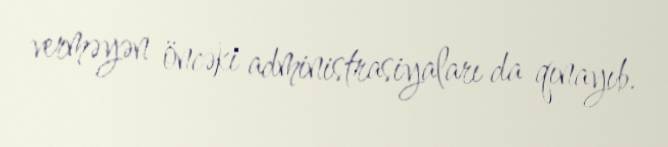
verməyən öncəki administrasiyaları da qınayıb.